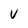
Character: v